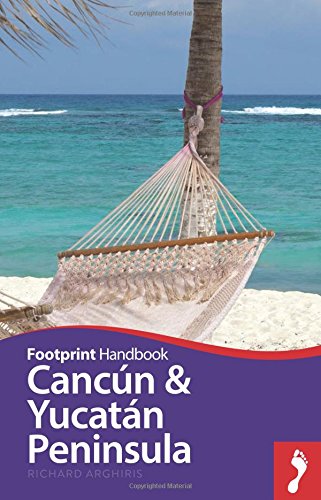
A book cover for Cancun & Yucatan Peninsula Handbook (Footprint - Handbooks); Richard Arghiris; Travel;